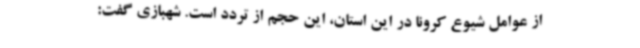
از عوامل شیوع کرونا در این استان، این حجم از تردد است. شهبازی گفت: